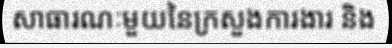
សាធារណៈមួយនៃក្រសួងការងារ និង